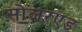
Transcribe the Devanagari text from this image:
सोलरएड